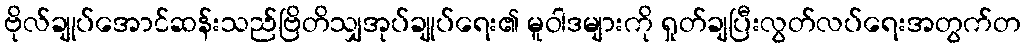
ဗိုလ်ချုပ်အောင်ဆန်းသည်ဗြိတိသျှအုပ်ချုပ်ရေး၏ မူဝါဒများကို ရှုတ်ချပြီးလွတ်လပ်ရေးအတွက်တ